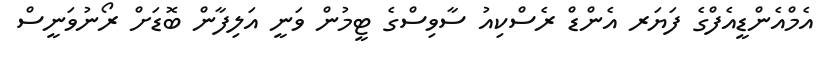
އެމްއެންޑީއެފްގެ ފަޔަރ އެންޑް ރެސްކިއު ސާވިސްގެ ޓީމުން ވަނީ އަލިފާން ބޮޑަށް ރޯނުވަނީސް